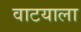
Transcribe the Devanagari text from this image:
वाटयाला